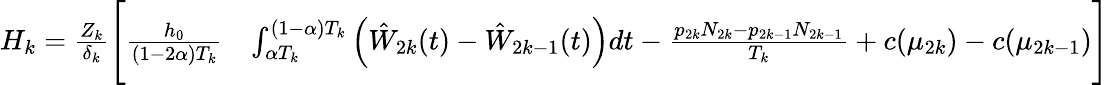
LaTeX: \begin{array}{rl}{H_{k}=\frac{Z_{k}}{\delta_{k}}\Bigg[\frac{h_{0}}{(1-2\alpha)T_{k}}}&{\int_{\alpha T_{k}}^{(1-\alpha)T_{k}}\left(\hat{W}_{2k}(t)-\hat{W}_{2k-1}(t)\right)dt-\frac{p_{2k}N_{2k}-p_{2k-1}N_{2k-1}}{T_{k}}+c(\mu_{2k})-c(\mu_{2k-1})\Bigg]}\end{array}